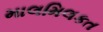
માલમિલકત